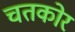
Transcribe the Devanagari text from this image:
चतकोर